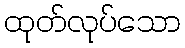
ထုတ်လုပ်သော